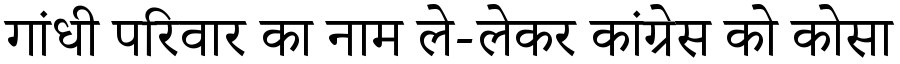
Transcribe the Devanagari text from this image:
गांधी परिवार का नाम ले-लेकर कांग्रेस को कोसा